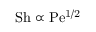
\mathrm { S h \propto P e ^ { 1 / 2 } }